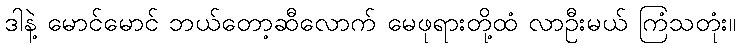
ဒါနဲ့ မောင်မောင် ဘယ်တော့ဆီလောက် မေဖုရားတို့ထံ လာဦးမယ် ကြံသတုံး။